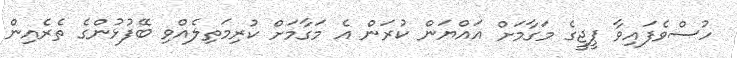
ހުސްވެފައިވާ ޕީޖީގެ މަގާމަށް އައްޔަން ކުރަން އެ މަގާމަށް ކުރިމަތިލެއްވި ބޭފުޅުންގެ ތެރެއިން